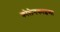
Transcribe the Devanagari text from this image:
कोलेनकाइमा